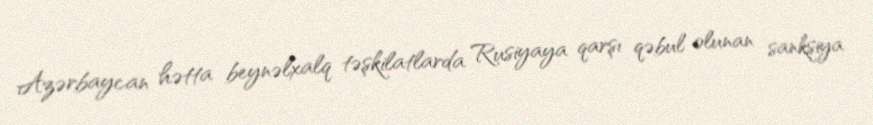
Azərbaycan hətta beynəlxalq təşkilatlarda Rusiyaya qarşı qəbul olunan sanksiya